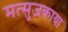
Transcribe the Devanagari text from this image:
मत्सुजकाया